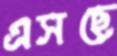
এসছে